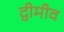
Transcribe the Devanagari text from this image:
द्वीमीव